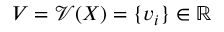
V = \mathcal { V } ( X ) = \{ v _ { i } \} \in \mathbb { R }